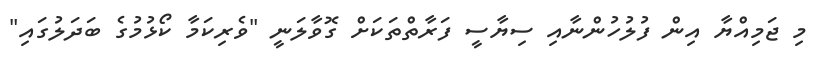
މި ޖަމިއްޔާ އިން ފުލުހުންނާއި ސިޔާސީ ފަރާތްތަކަށް ގޮވާލަނީ "ވެރިކަމާ ކޯޅުމުގެ ބަދަލުގައި"